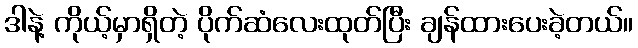
ဒါနဲ့ ကိုယ့်မှာရှိတဲ့ ပိုက်ဆံလေးထုတ်ပြီး ချန်ထားပေးခဲ့တယ်။